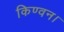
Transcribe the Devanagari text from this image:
किण्वन।